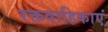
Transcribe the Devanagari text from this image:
रक्तवाहिकाएं